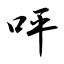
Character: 呯